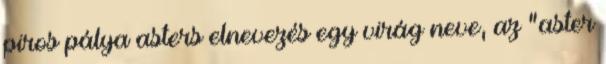
piros pálya asters elnevezés egy virág neve, az "aster